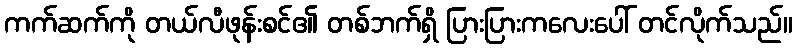
ကက်ဆက်ကို တယ်လီဖုန်းစင်၏ တစ်ဘက်ရှိ ပြားပြားကလေးပေါ် တင်လိုက်သည်။